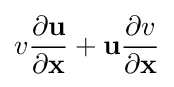
v{\frac {\partial \mathbf {u} }{\partial \mathbf {x} }}+\mathbf {u} {\frac {\partial v}{\partial \mathbf {x} }}